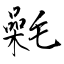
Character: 氉